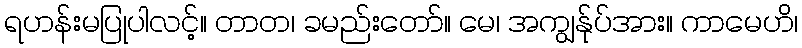
ရဟန်းမပြုပါလင့်။ တာတ၊ ခမည်းတော်။ မေ၊ အကျွန်ုပ်အား။ ကာမေဟိ၊